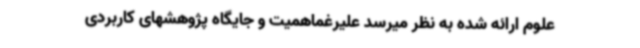
علوم ارائه شده به نظر میرسد علیرغماهمیت و جایگاه پژوهشهای کاربردی